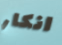
انكار